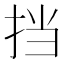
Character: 挡